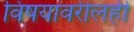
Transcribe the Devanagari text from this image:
विषयांवरीलही